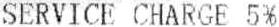
SERVICE CHARGE 5%